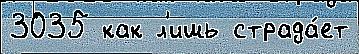
3035 как л'ишь страда́ет